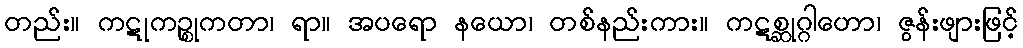
တည်း။ ကဋုကဉ္စုကတာ၊ ရာ။ အပရော နယော၊ တစ်နည်းကား။ ကဋစ္ဆုဂ္ဂါဟော၊ ဇွန်းဖျားဖြင့်